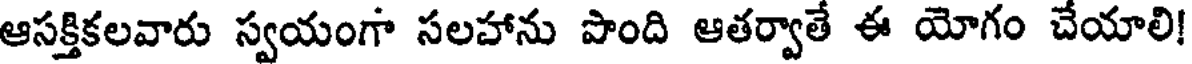
ఆసక్తికలవారు స్వయంగా సలహాను పొంది ఆతర్వాతే ఈ యోగం చేయాలి